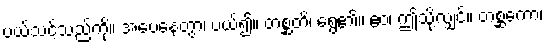
ပယ်သင့်သည်ကို။ အပေနေတွာ၊ ပယ်၍။ တစ္ဆတိ၊ ရွေ၏။ ဧဝံ၊ ဤသို့လျှင်။ တစ္ဆကော၊